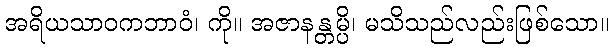
အရိယသာဝကဘာဝံ၊ ကို။ အဇာနန္တမ္ပိ၊ မသိသည်လည်းဖြစ်သော။